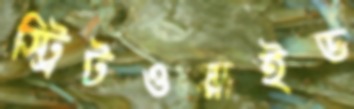
স্ট্রিটওয়াইড